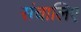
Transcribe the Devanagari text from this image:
संचालिए